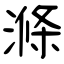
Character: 滌